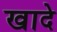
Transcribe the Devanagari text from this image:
खादे